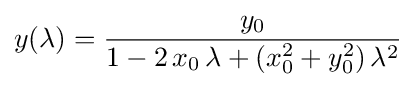
y(\lambda )={\frac {y_{0}}{1-2\,x_{0}\,\lambda +(x_{0}^{2}+y_{0}^{2})\,\lambda ^{2}}}